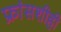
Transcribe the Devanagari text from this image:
फ्रांसशीही